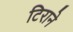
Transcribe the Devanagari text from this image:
टिराने